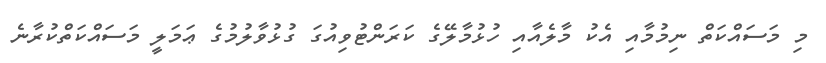
މި މަސައްކަތް ނިމުމާއި އެކު މާލެއާއި ހުޅުމާލޭގެ ކަރަންޓުވިއުގަ ގުޅުވާލުމުގެ ޢަމަލީ މަސައްކަތްކުރާނެ